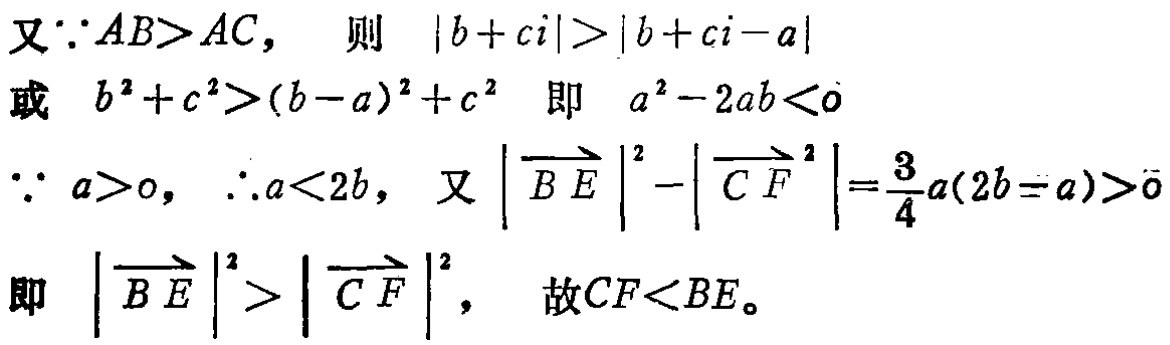
又\(\because AB>AC\)， 则 \(|b + ci|>|b + ci - a|\)
或 \(b^{2}+c^{2}>(b - a)^{2}+c^{2}\) 即 \(a^{2}-2ab<0\)
\(\because a>0\)，\(\therefore a<2b\)，又\(\left|\overrightarrow{BE}\right|^{2}-\left|\overrightarrow{CF}\right|^{2}=\frac{3}{4}a(2b - a)>0\)
即 \(\left|\overrightarrow{BE}\right|^{2}>\left|\overrightarrow{CF}\right|^{2}\)， 故\(CF<BE\)。